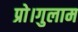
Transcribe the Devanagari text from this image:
प्रो।गुलाम